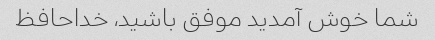
شما خوش آمدید موفق باشید، خداحافظ